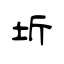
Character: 圻